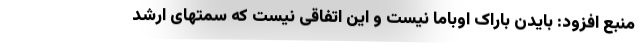
منبع افزود: بایدن باراک اوباما نیست و این اتفاقی نیست که سمتهای ارشد